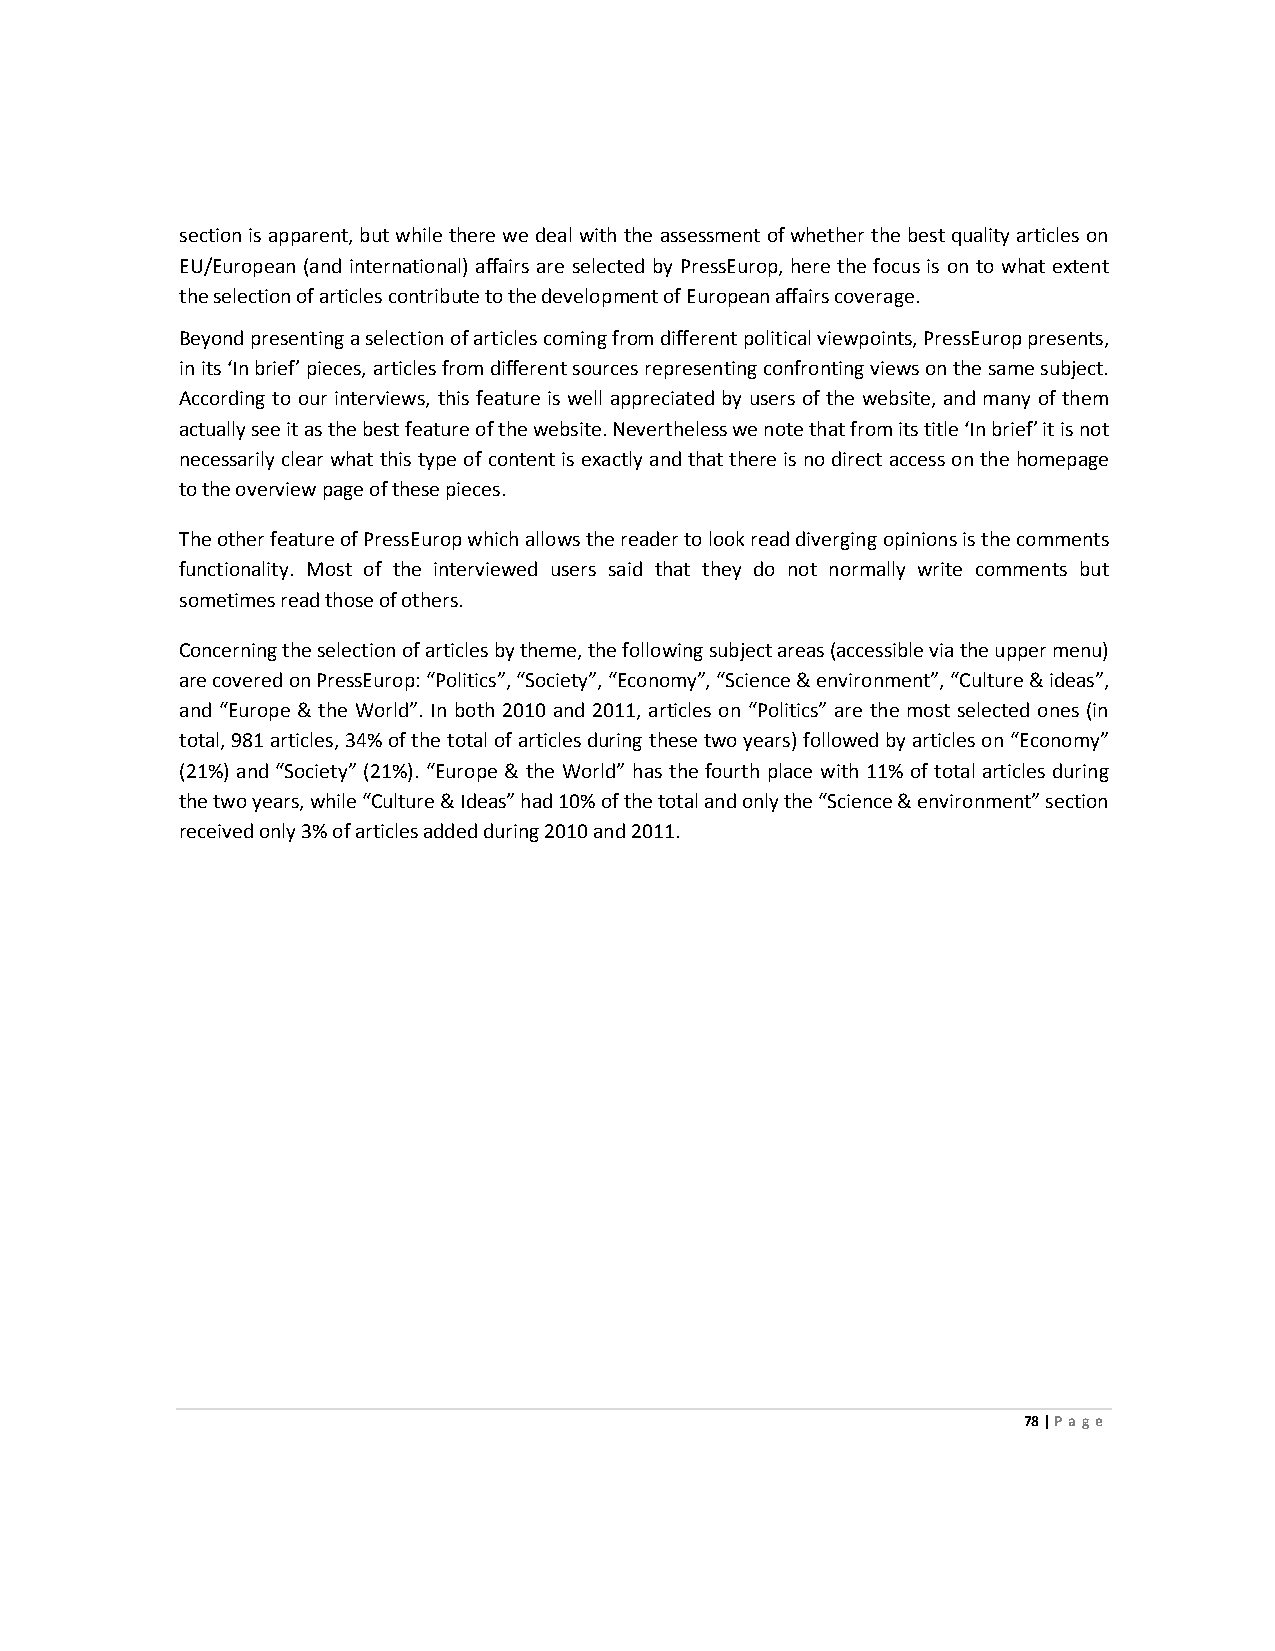
section is apparent, but while there we deal with the assessment of whether the best quality articles on
 EU/European (and international) affairs are selected by PressEurop, here the focus is on to what extent
 the selection of articles contribute to the development of European affairs coverage.
 Beyond presenting a selection of articles coming from different political viewpoints, PressEurop presents,
 in its ‘In brief’ pieces, articles from different sources representing confronting views on the same subject.
 According to our interviews, this feature is well appreciated by users of the website, and many of them
 actually see it as the best feature of the website. Nevertheless we note that from its title ‘In brief’ it is not
 necessarily clear what this type of content is exactly and that there is no direct access on the homepage
 to the overview page of these pieces.
 The other feature of PressEurop which allows the reader to look read diverging opinions is the comments
 functionality. Most of the interviewed users said that they do not normally write comments but
 sometimes read those of others.
 Concerning the selection of articles by theme, the following subject areas (accessible via the upper menu)
 are covered on PressEurop: “Politics”, “Society”, “Economy”, “Science & environment”, “Culture & ideas”,
 and “Europe & the World”. In both 2010 and 2011, articles on “Politics” are the most selected ones (in
 total, 981 articles, 34% of the total of articles during these two years) followed by articles on “Economy”
 (21%) and “Society” (21%). “Europe & the World” has the fourth place with 11% of total articles during
 the two years, while “Culture & Ideas” had 10% of the total and only the “Science & environment” section
 received only 3% of articles added during 2010 and 2011.
 78 | Page